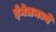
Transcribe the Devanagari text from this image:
ईमेलमध्ये